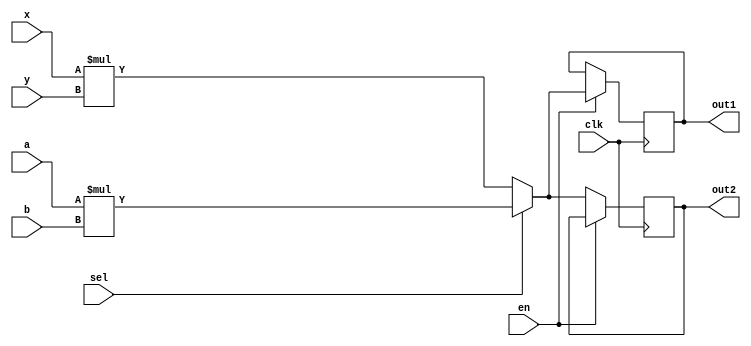
 module add_share (
   input a, b, x, y, sel, en, clk,
   output reg out1, out2
 );
   wire tmp1, tmp2;
   assign tmp1 = a * b;  // tmp1
   assign tmp2 = x * y;  // tmp2
 
   always@(posedge clk)
     if (en) begin
       out1 <= sel ? tmp1: tmp2; //tmp1tmp2
     end else begin
       out2 <= sel ? tmp1: tmp2; //tmp1tmp2
     end
 endmodule